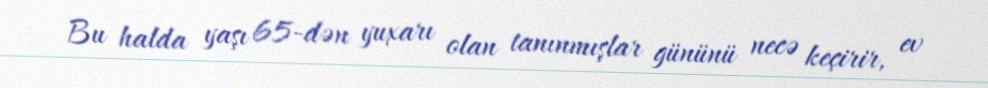
Bu halda yaşı 65-dən yuxarı olan tanınmışlar gününü necə keçirir, ev